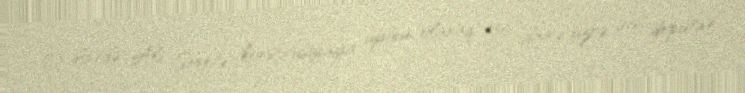
O dövrdə Ali Sovetə konstitusiyaya uyğun olaraq 450 dairə üzrə, 450 deputat